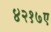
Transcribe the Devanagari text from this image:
४२१७ए